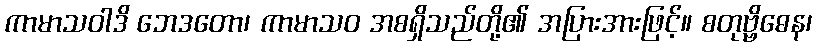
ကာမာသဝါဒိ ဘေဒတော၊ ကာမာသဝ အစရှိသည်တို့၏ အပြားအားဖြင့်။ စတုဗ္ဗိဓေန၊